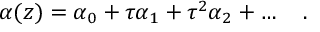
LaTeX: \alpha ( z ) = \alpha _ { 0 } + \tau \alpha _ { 1 } + \tau ^ { 2 } \alpha _ { 2 } + \ldots \quad .